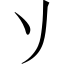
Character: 𬼀